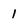
Character: 1